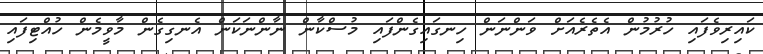
ކައިރިވެފައި ހުރުމުން އެތެރެއަށް ވަންނަން ހިނގައިގެންފައި މުސްކާން ނާންނަކަން އެނގިގެން މާވީމެން ހުއްޓިފައި